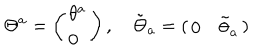
\Theta ^ { a } = \left( \begin{array} { l } { { \theta ^ { a } } } \\ { { 0 } } \\ \end{array} \right) , \quad \tilde { \Theta } _ { a } = \left( \begin{array} { l l } { { 0 } } & { { \tilde { \theta } _ { a } } } \\ \end{array} \right)